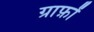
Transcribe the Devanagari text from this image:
ग्राफ़ों